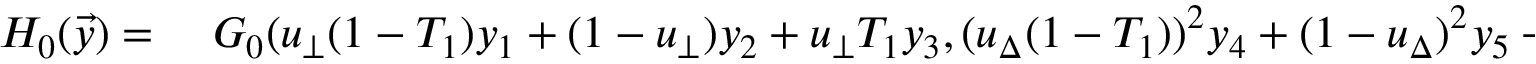
\begin{array} { r l } { H _ { 0 } ( \vec { y } ) = \ } & { { } G _ { 0 } ( u _ { \bot } ( 1 - T _ { 1 } ) y _ { 1 } + ( 1 - u _ { \bot } ) y _ { 2 } + u _ { \bot } T _ { 1 } y _ { 3 } , ( u _ { \Delta } ( 1 - T _ { 1 } ) ) ^ { 2 } y _ { 4 } + ( 1 - u _ { \Delta } ) ^ { 2 } y _ { 5 } + ( u _ { \Delta } T _ { 1 } ) ^ { 2 } y _ { 6 } } \end{array}